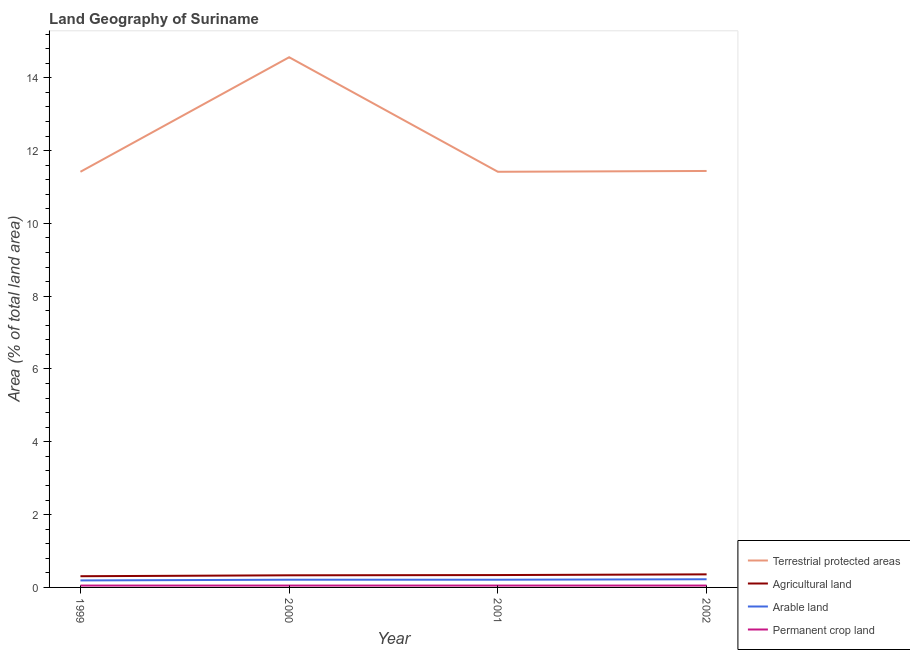
| Year | Terrestrial protected areas | Agricultural land | Arable land | Permanent crop land |
 | --- | --- | --- | --- | --- |
 | 1999 | 11.4 | 0.308 | 0.192 | 0.0513 |
 | 2000 | 14.6 | 0.333 | 0.212 | 0.0513 |
 | 2001 | 11.4 | 0.34 | 0.212 | 0.0513 |
 | 2002 | 11.4 | 0.359 | 0.224 | 0.0513 |